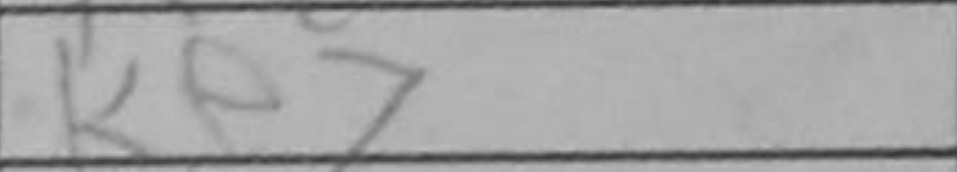
Transcription: Ke7